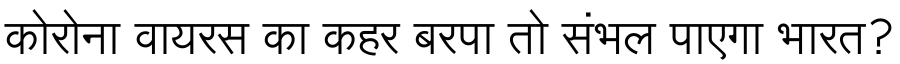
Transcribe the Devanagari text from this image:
कोरोना वायरस का कहर बरपा तो संभल पाएगा भारत?